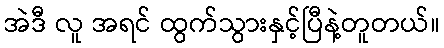
အဲဒီ လူ အရင် ထွက်သွားနှင့်ပြီနဲ့တူတယ်။